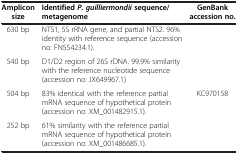
<table><thead><tr><td><b>Amplicon size</b></td><td><b>Identified <i>P. guilliermondii </i>sequence/metagenome</b></td><td><b>GenBank accession no.</b></td></tr></thead><tbody><tr><td>630 bp</td><td>NTS1, 5S rRNA gene, and partial NTS2. 96% identity with reference sequence (accession no: FN554234.1).</td><td>[EMPTY_CELL]</td></tr><tr><td>540 bp</td><td>D1/D2 region of 26S rDNA. 99.9% similarity with the reference nucleotide sequence (accession no: JX649967.1)</td><td>[EMPTY_CELL]</td></tr><tr><td>504 bp</td><td>83% identical with the reference partial mRNA sequence of hypothetical protein (accession no: XM_001482915.1).</td><td>KC970158</td></tr><tr><td>252 bp</td><td>61% similarity with the reference partial mRNA sequence of hypothetical protein (accession no: XM_001486685.1).</td><td>[EMPTY_CELL]</td></tr></tbody></table>